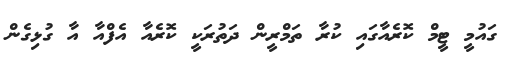
ގައުމީ ޓީމް ކޮރެއާގައި ކުރާ ތަމްރީން ދަތުރަކީ ކޮރެއާ އެފްއާ އާ ގުޅިގެން